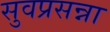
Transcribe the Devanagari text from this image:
सुवप्रसन्ना